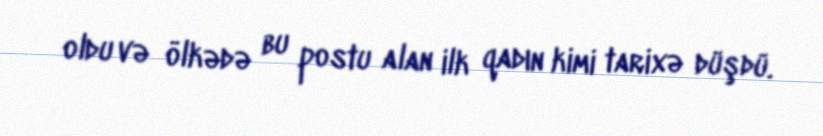
oldu və ölkədə bu postu alan ilk qadın kimi tarixə düşdü.